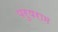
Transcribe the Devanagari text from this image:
परुषराम